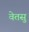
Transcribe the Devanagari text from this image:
वेतसु